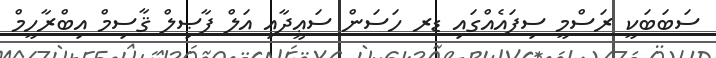
ސަބަބަކީ ރަސްމީ ސިފައެއްގައި ޑރ ހަސަން ސަޢީދާއި އަލް ފާޞިލް ޤާސިމް އިބްރާހީމް